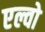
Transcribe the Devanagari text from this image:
एल्वो